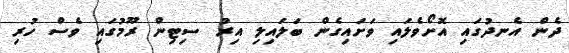
ދެން އެނދުގައި އޮށޯވެލައި ވަށައިގެން ބަލައިލި އިރު ސިޓިން ރޫމުގައި ވެސް ހުރި